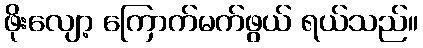
ဖိုးလျော့ ကြောက်မက်ဖွယ် ရယ်သည်။